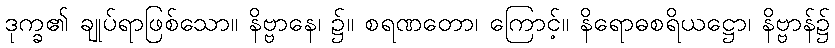
ဒုက္ခ၏ ချုပ်ရာဖြစ်သော။ နိဗ္ဗာနေ၊ ၌။ စရဏတော၊ ကြောင့်။ နိရောဓစရိယဋ္ဌော၊ နိဗ္ဗာန်၌